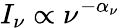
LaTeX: I_{\nu}\propto\nu^{-\alpha_{\nu}}